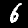
Digit: 6